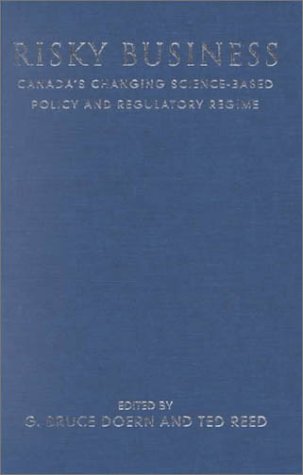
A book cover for Risky Business: Canada's Changing Science-Based Policy and Regulatory Regime (Studies in Comparative Political Economy and Public Policy); Law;